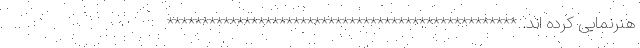
هنرنمایی کرده اند. **************************************************